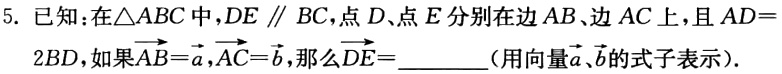
5. 已知：在\(\triangle ABC\)中，\(DE \parallel BC\)，点\(D\)、点\(E\)分别在边\(AB\)、边\(AC\)上，且\(AD = 2BD\)，如果\(\overrightarrow{AB}=\overrightarrow{a}\)，\(\overrightarrow{AC}=\overrightarrow{b}\)，那么\(\overrightarrow{DE}=\)  （用向量\(\overrightarrow{a}\)、\(\overrightarrow{b}\)的式子表示）.